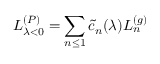
L _ { \lambda < 0 } ^ { ( P ) } = \sum _ { n \leq 1 } \tilde { c } _ { n } ( \lambda ) L _ { n } ^ { ( g ) }